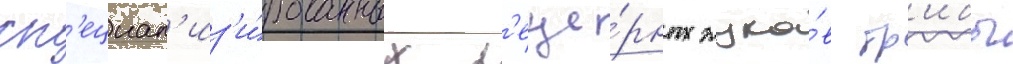
сп'ециал'из'и́рованных п'еще́рных жуко́в тр'ибы